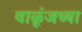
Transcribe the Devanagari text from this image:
वाळूंजच्या